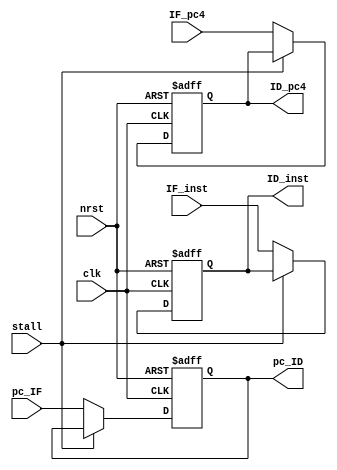
`timescale 1ns/1ps

module if_id_stalling(
	input clk,
	input nrst,
	input stall,
	input [31:0] IF_pc4,
	input [31:0] pc_IF,		// address of the instruction
	input [31:0] IF_inst,	// actual instruction
	output reg [31:0] ID_pc4,
	output reg [31:0] pc_ID,
	output reg [31:0] ID_inst
);
	always@(posedge clk or negedge nrst) begin
		if(!nrst) begin
			ID_pc4 <= 0;
			pc_ID <= 0;
		end
		else begin
			if(stall) begin
				ID_pc4 <= ID_pc4;
				pc_ID <= pc_ID;
			end
			else begin
				ID_pc4 <= IF_pc4;
				pc_ID <= pc_IF;
			end
		end
	end

	always@(negedge clk or negedge nrst) begin
		if(!nrst)
			ID_inst <= 0;
		else begin
			if(stall)
				ID_inst <= ID_inst;
			else
				ID_inst <= IF_inst;
		end
	end
	
endmodule